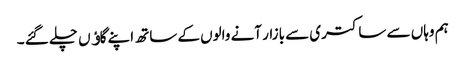
ہم وہاں سے ساکتری سے بازار آنے والوں کے ساتھ اپنے گاﺅں چلے گئے ۔